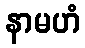
နာမဟံ